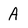
Character: A